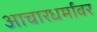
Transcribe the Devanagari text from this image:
आचारधर्मावर